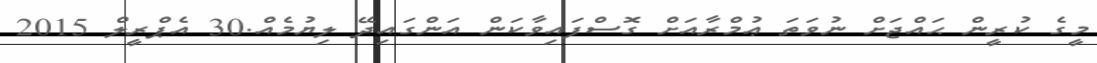
މީގެ ކުރީން ޙައްޖަށް ނުވަތަ ޢުމްރާއަށް ގޮސްފައިވާކަން އަންގައިދޭ ލިޔުމެއް.30 އެޕްރީލް 2015